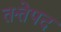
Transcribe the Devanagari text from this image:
तत्तेपद